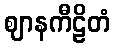
ဈာနကီဠိတံ